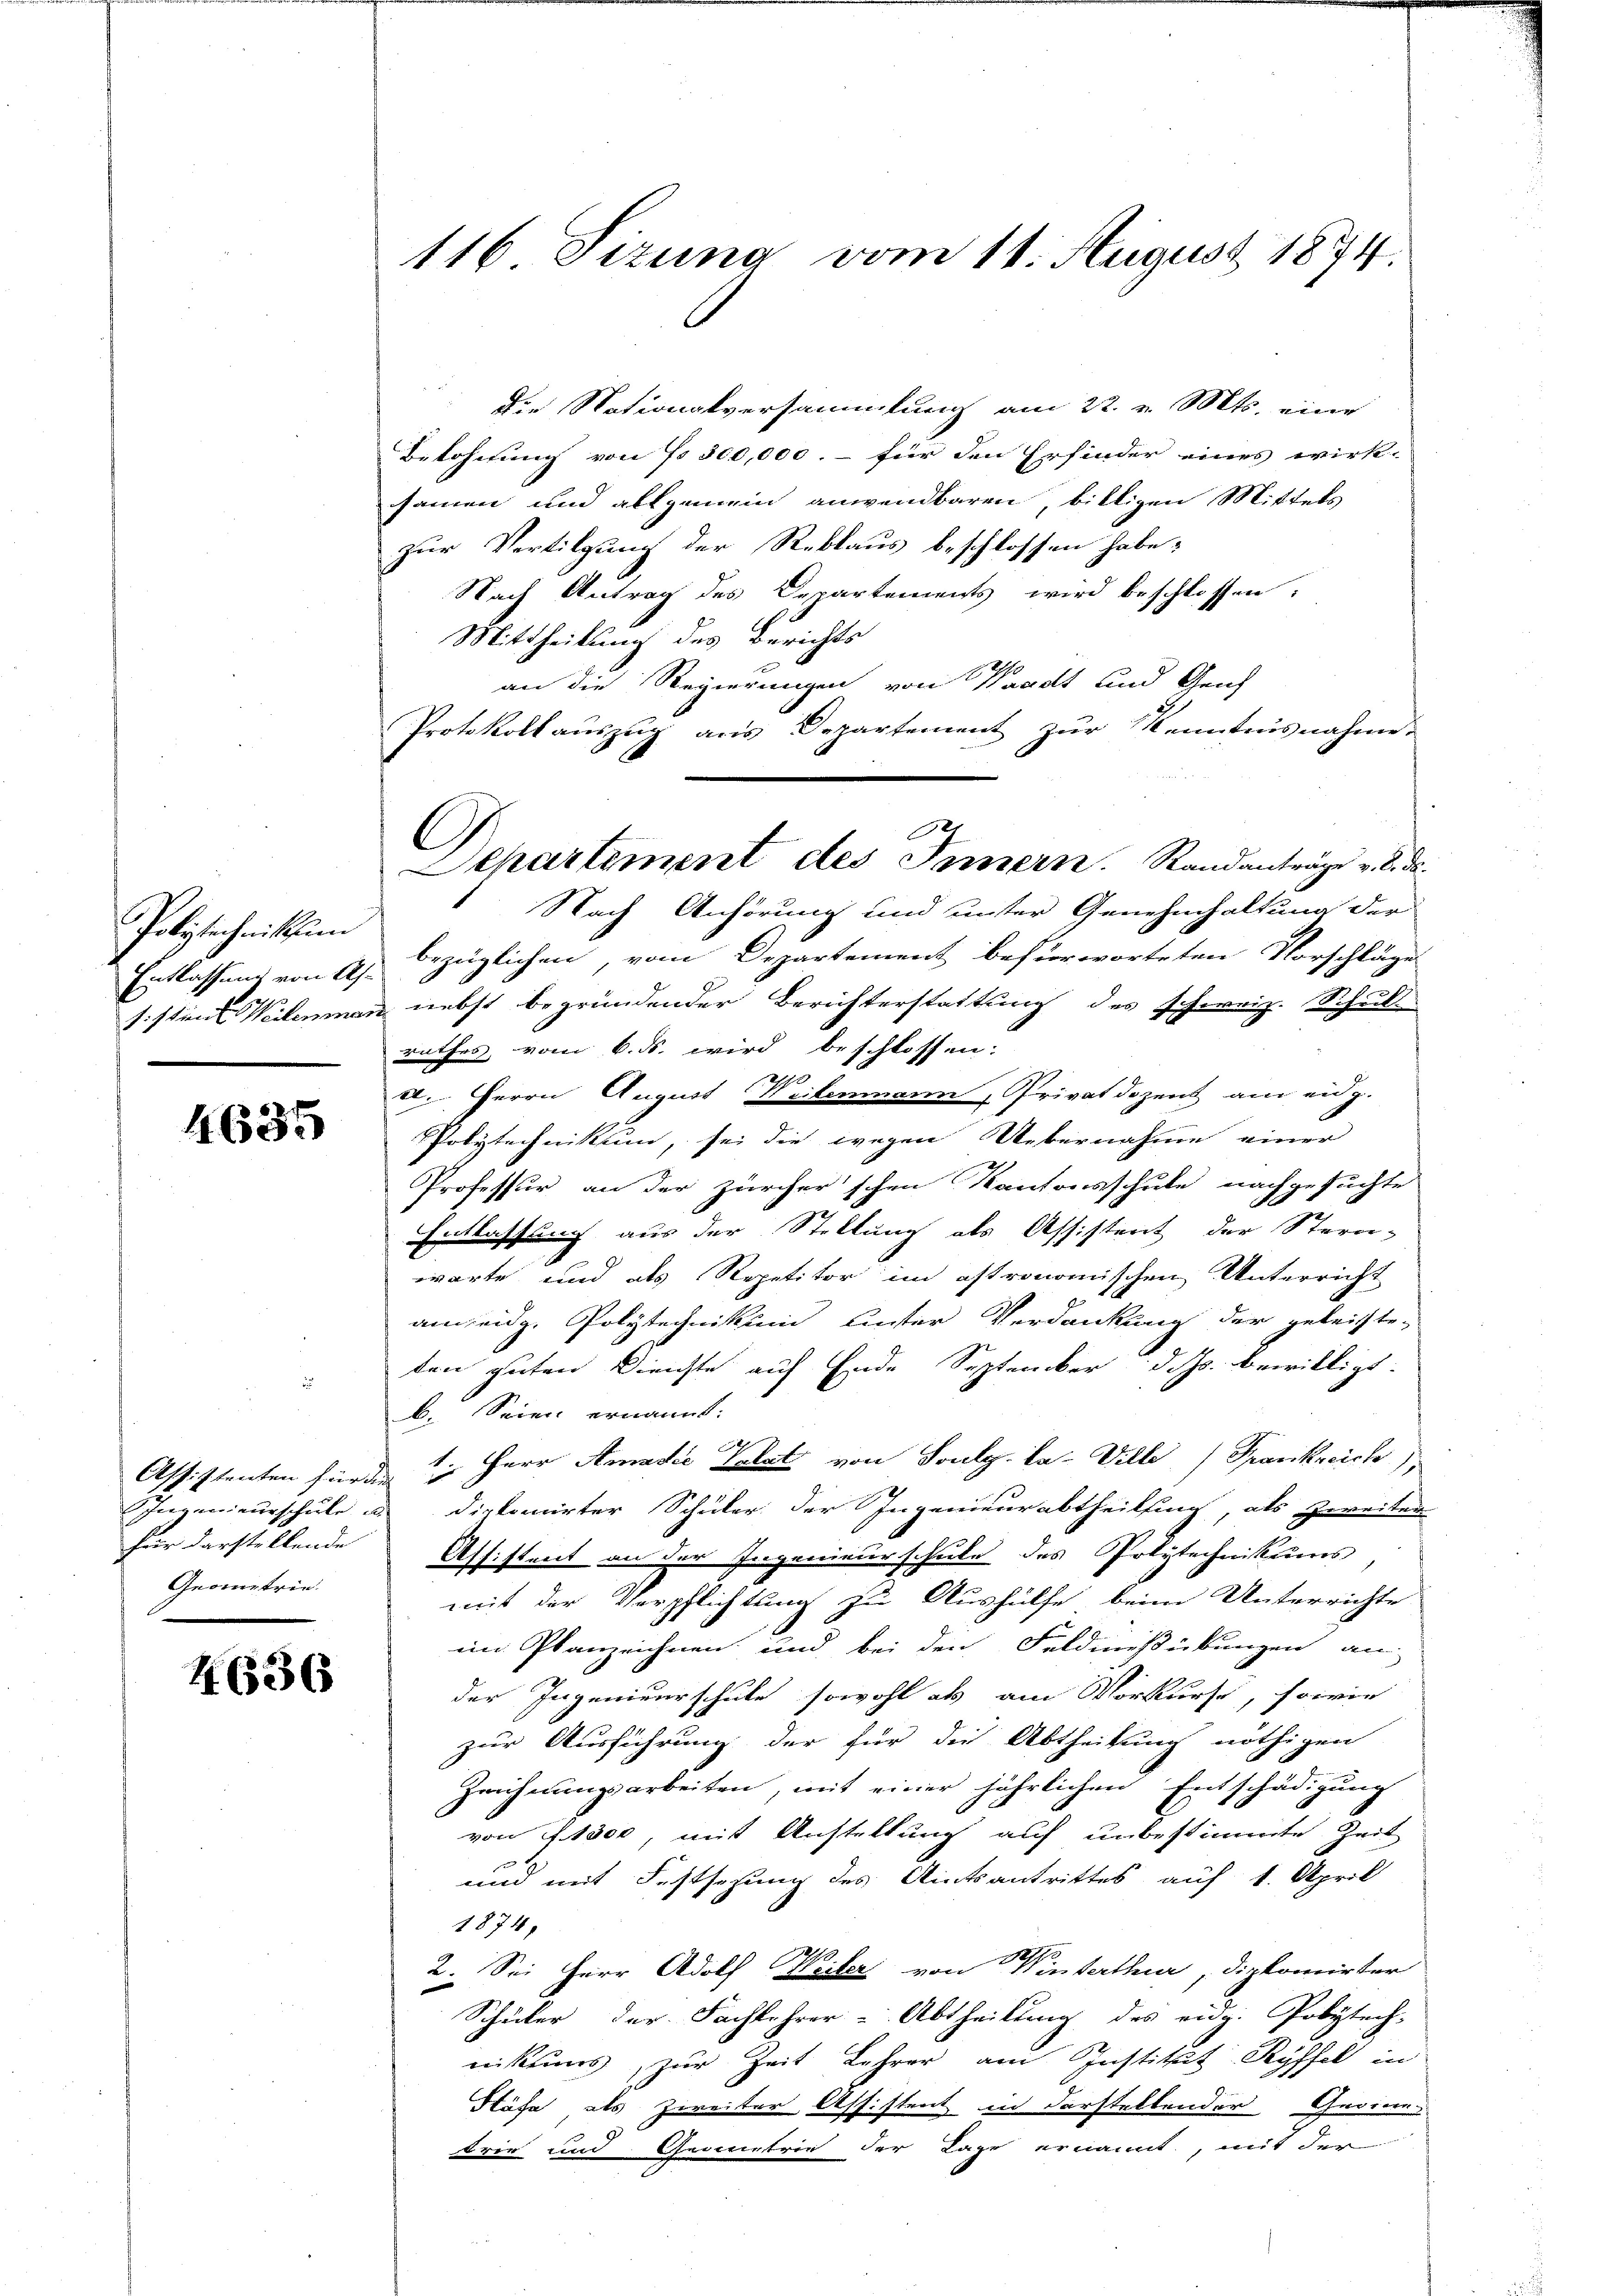
Polstechnikum
Entlassung von A
sistine Weilemma

4635

Assistenten für die
für darstellende
Geometrie.

4636

116 Sizung vom 11. August 1874.

die Nationalversammlung am 22. v. Mts. eine
Belohnung von No 300,000.- für den Erfinder eines wirk-
samen und allgemein anwendbaren, billigen Mittels
zur Vertilgung der Reblaus beschlossen habe;
Nach Antrag des Departements wird beschlossen:
Mittheilung des Berichts
an die Regierungen von Waadt und Geis
Protokoll aŭszŭg ans Departement zŭr Kenntnisnahme.
Nach Anhörung und unter Genehmhaltung der
 bezüglichen, vom Departement befürworteten Vorschläge
 nebst begründender Berichterstattung des schweiz. Schul
rathes, vom 6. ds. wird beschlossen:
0
2. Herrn August Weilenmann, Privatdozent am eidg.
Polytechnikum, sei die wegen Uebernahme einer
Professur an der Zürcher'schen Kantonsschule nachgesuchte
Entlassung aus der Stellung als Assistent der Stern-
s
warte und als Repetitor im astronomischen Unterricht
am eidg. Polytechnikum unter Verdankung der geleichten
ten guten Dienste auf Ende September d. Js. bewilligt.
b. Seien ernannt:
1. Herr Amadie Kalat von Soulg. Ca-Ville Frankreich
Ingenieurschule u. diplomirter Schüler der Ingenieurabtheilsing, als zweiten
Assistent an der Ingenieurschule des Polytechnikums,
mit der Verpflichtung zu Aushülfe beim Unterrichte
im Planzeichnen und bei den Feldmißübungen an
der Ingenieurschule sowohl als am Vorkurse, sowie
zur Ausführung der für die Abtheilung nöthigen
Zeichnungsarbeiten, mit einer jährlichen Entschädigung
von 1300, mit Anstellung auf unbestimmte Zeit
und mit Festsezung des Amtsantrittes auf 1. April
1874,
2. Sei Herr Adolf Weiler von Winterthur, Diplomirter
Schüler der Fachlehrer-Abtheilung des eidg. Polytech-
nikums zur Zeit Lehrer am Institut Ryffel in
Häfa als Zweiter Assistent in darstellender Gerinn
trie und Geometrie der Lage ernannt, mit der

C
Separtement des Innern. Randanträge v. 8. ds.